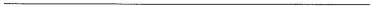
三、单句改错